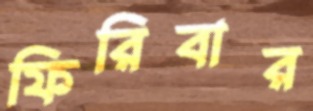
ফিরিবার